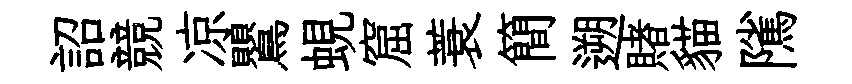
詔競凉鸎蜆窟蓑簡遡賭貓隲